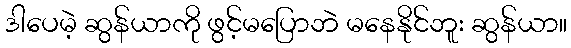
ဒါပေမဲ့ ဆွန်ယာကို ဖွင့်မပြောဘဲ မနေနိုင်ဘူး ဆွန်ယာ။